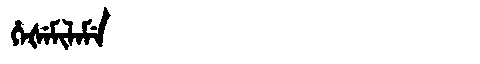
Manchu: ᡥᡝᡧᡝᠮᡳᠯᠠᠮᡝ
Romanization: HEŠEMILAME